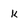
Character: k